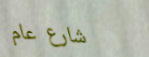
شارع عام